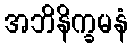
အဘိနိက္ခမနံ